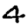
Digit: 4